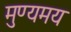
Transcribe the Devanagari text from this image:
मुण्यमय